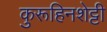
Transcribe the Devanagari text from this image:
कुरूहिनशेट्टी